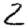
Digit: 2